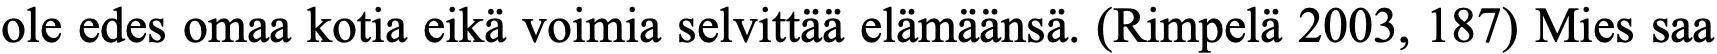
ole edes omaa kotia eikä voimia selvittää elämäänsä. (Rimpelä 2003, 187) Mies saa